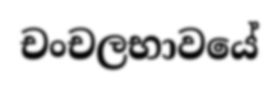
චංචලභාවයේ